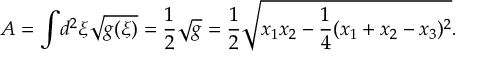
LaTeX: A = \int \! d ^ { 2 } \xi \sqrt { g ( \xi ) } = \frac { 1 } { 2 } \sqrt { g } = \frac { 1 } { 2 } \sqrt { x _ { 1 } x _ { 2 } - \frac { 1 } { 4 } ( x _ { 1 } + x _ { 2 } - x _ { 3 } ) ^ { 2 } } .